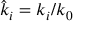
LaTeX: { \hat { k } } _ { i } = k _ { i } / k _ { 0 }